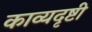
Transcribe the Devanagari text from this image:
काव्यदृष्टी